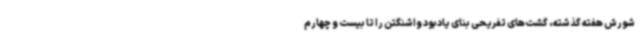
شورش هفته گذشته، گشت‌های تفریحی بنای یادبود واشنگتن را تا بیست و چهارم